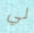
لي